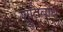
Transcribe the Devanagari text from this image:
श्रुतिबोध